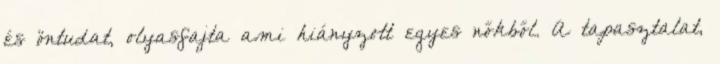
és öntudat, olyasfajta ami hiányzott egyes nőkből. A tapasztalat,